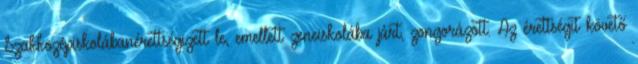
Szakközépiskolábanérettségizett le, emellett zeneiskolába járt, zongorázott. Az érettségit követő